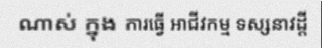
ណាស់ ក្នុង ការធ្វើ អាជីវកម្ម ទស្សនាវដ្តី